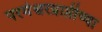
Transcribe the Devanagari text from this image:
परमेश्वरप्राप्तीच्या